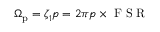
\Omega _ { \mathrm { p } } = \zeta _ { 1 } p = 2 \pi p \times \mathrm { ~ F ~ S ~ R ~ }